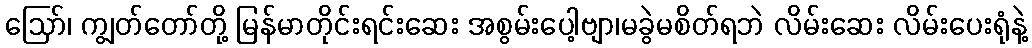
ဪ၊ ကျွတ်တော်တို့ မြန်မာတိုင်းရင်းဆေး အစွမ်းပေါ့ဗျာ၊မခွဲမစိတ်ရဘဲ လိမ်းဆေး လိမ်းပေးရုံနဲ့